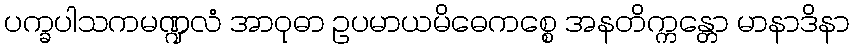
ပက္ခပါသကမဏ္ဍလံ အာဝုဓာ ဥပမာယမိဓေကစ္စေ အနတိက္ကန္တော မာနာဒိနာ